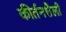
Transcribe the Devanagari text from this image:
कीर्तनशैली